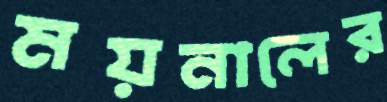
ময়নালের